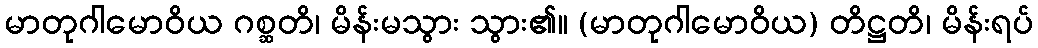
မာတုဂါမောဝိယ ဂစ္ဆတိ၊ မိန်းမသွား သွား၏။ (မာတုဂါမောဝိယ) တိဋ္ဌတိ၊ မိန်းရပ်